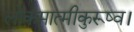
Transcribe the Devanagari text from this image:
लोकमात्मीकुरूष्व।